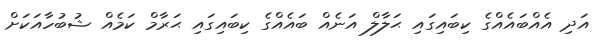
އަދި އެއްބައެއްގެ ކިބައިގައި ޙަލާލް އަނެއް ބައެއްގެ ކިބައިގައި ޙަރާމް ކަމެއް ޝުބުހާއަކަށް